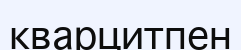
кварцитпен